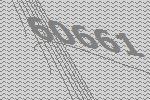
60661